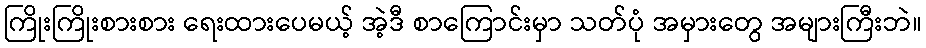
ကြိုးကြိုးစားစား ရေးထားပေမယ့် အဲ့ဒီ စာကြောင်းမှာ သတ်ပုံ အမှားတွေ အများကြီးဘဲ။